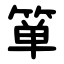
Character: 箪